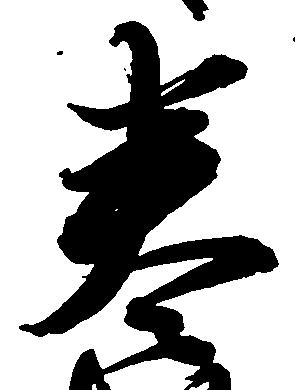
巻